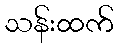
သန်းထက်